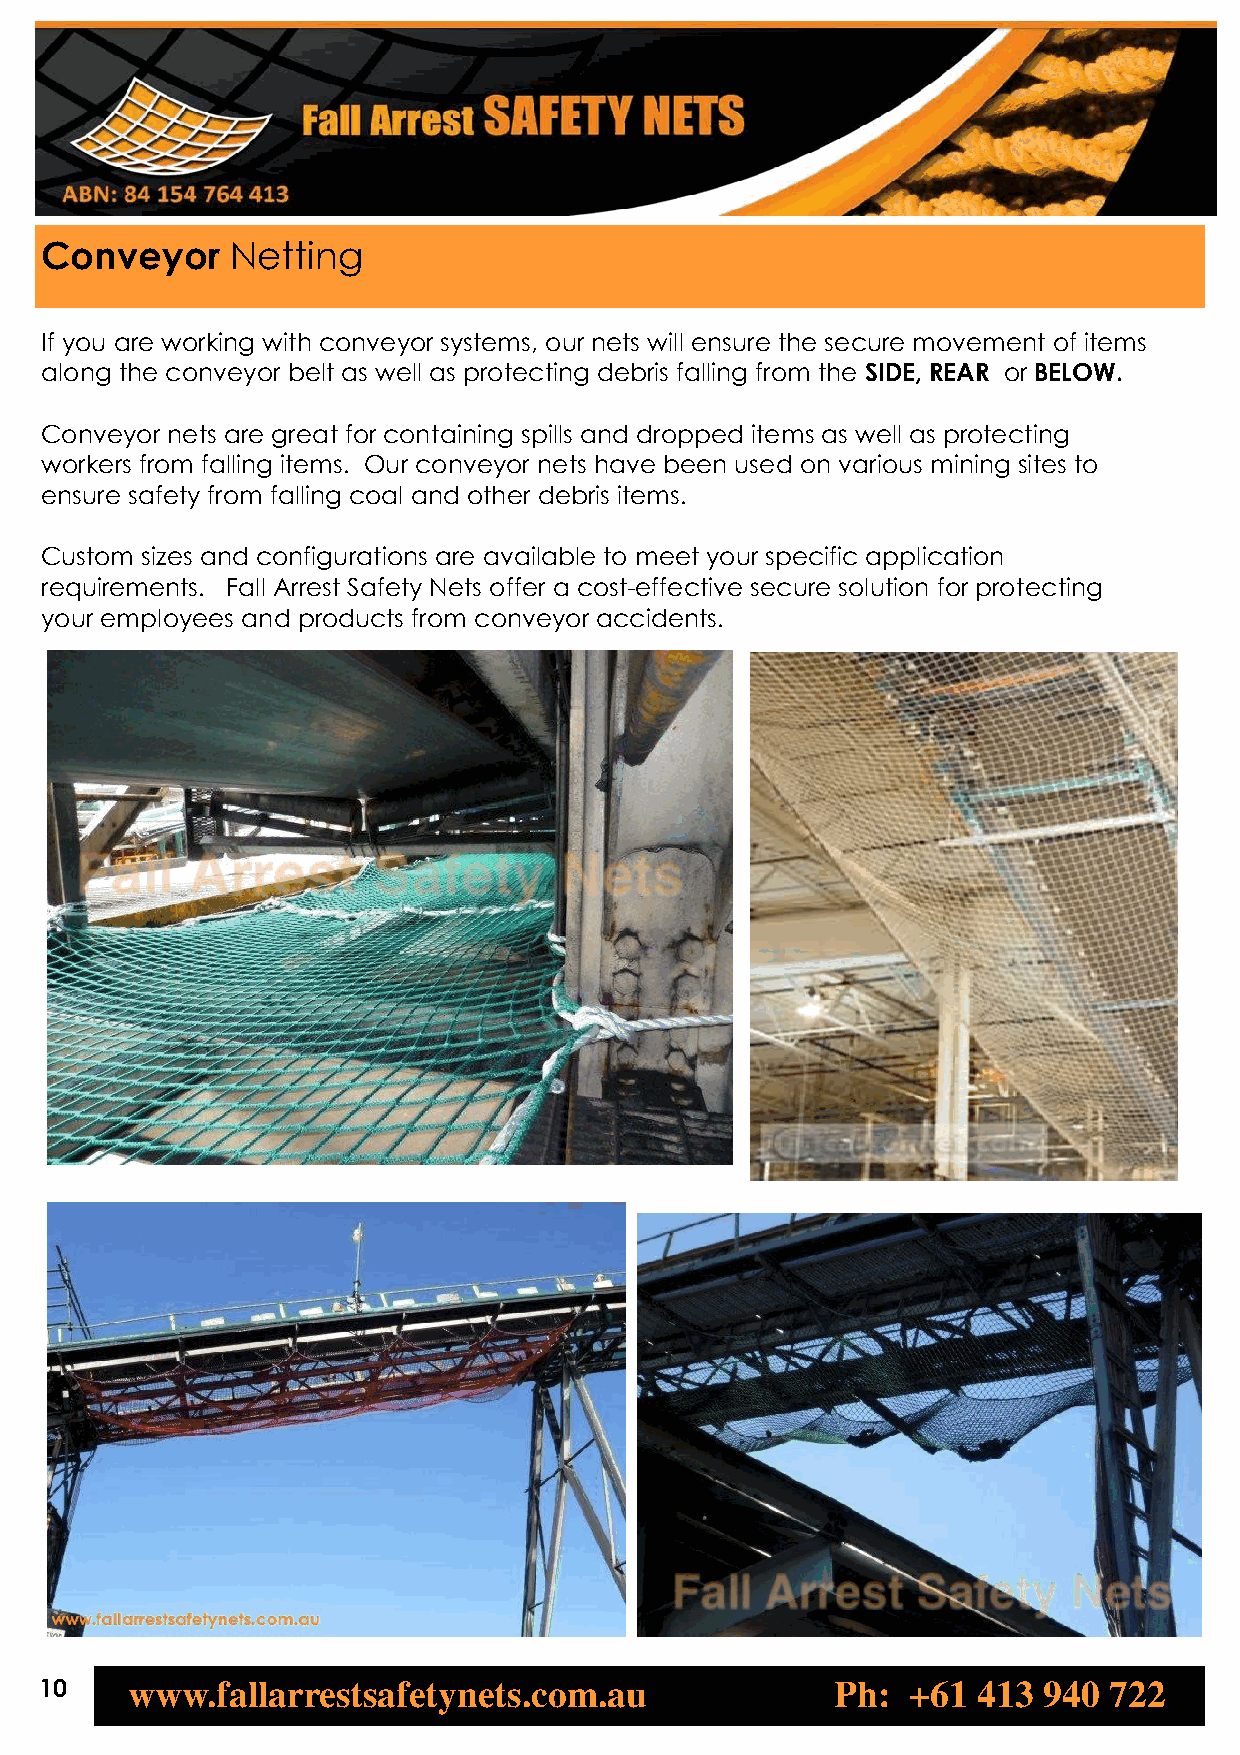
Conveyor    Netting
 If you are working with conveyor systems, our nets will ensure the secure movement of items
 along the conveyor belt as well as protecting debris falling from the SIDE, REAR or BELOW.
 Conveyor nets are great for containing spills and dropped items as well as protecting
 workers from falling items. Our conveyor nets have been used on various mining sites to
 ensure safety from falling coal and other debris items.
 Custom sizes and configurations are available to meet your specific application
 requirements. Fall Arrest Safety Nets offer a cost-effective secure solution for protecting
 your employees and products from conveyor accidents.
 10   www.fallarrestsafetynets.com.au                Ph:  +61  413 940 722